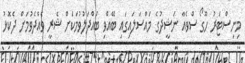
މިނިސްޓަރު ހޫގޯ ސްވެއާ ނަޝީދުގެ މައްސަލައިގައި ބޭއްވި ބައްދަލުވުމަކަށް ޝެރީ ވެއްދެވުމަށް ދެކޮޅު